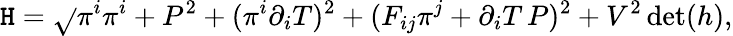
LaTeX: {\cal\mathtt{H}}=\sqrt{}{{\pi^{i}\pi^{i}+P^{2}+(\pi^{i}\partial_{i}T)^{2}+(F_{ij}\pi^{j}+\partial_{i}T\, P)^{2}+V^{2}\operatorname*{det}(h)}},